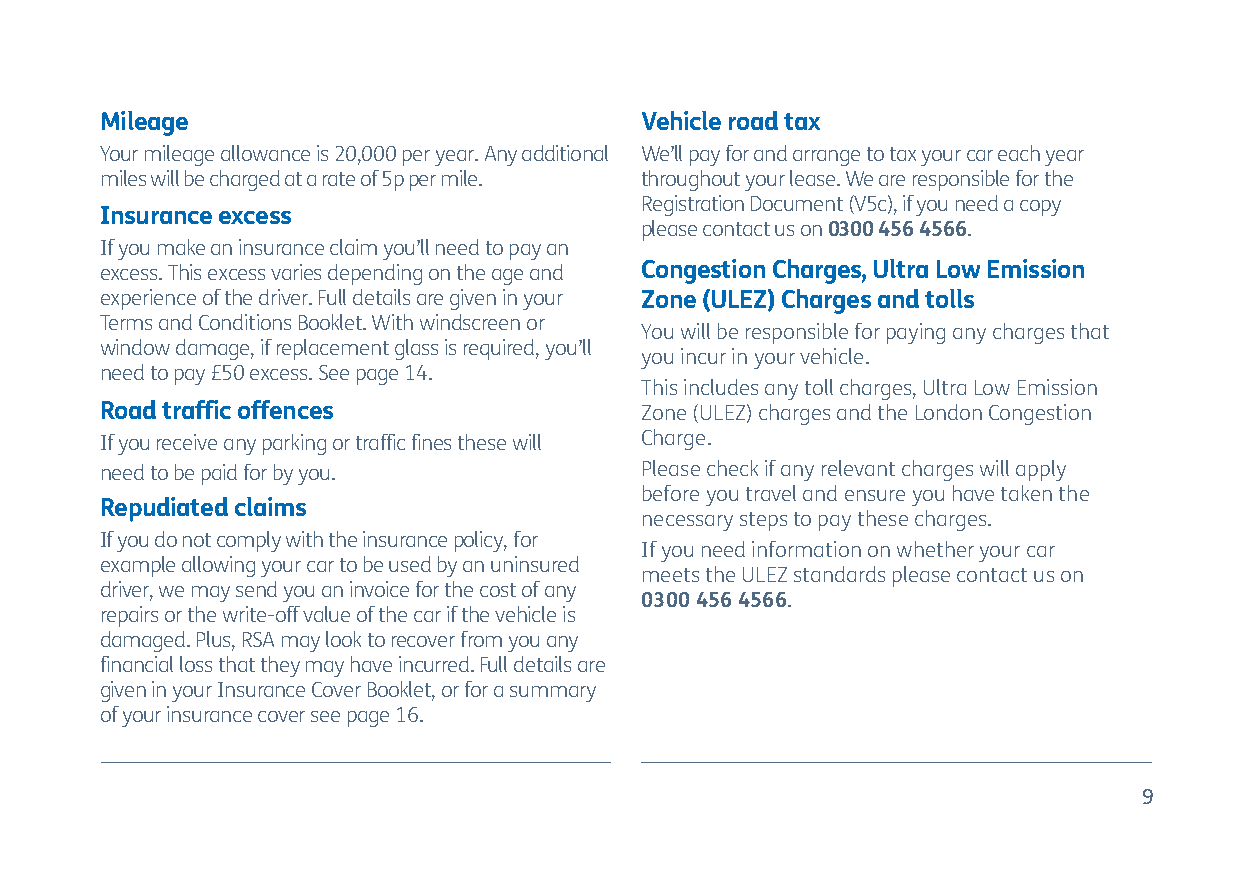
Mileage                            Vehicle road tax
 Your mileage allowance is 20,000 per year. Any additional We’ll pay for and arrange to tax your car each year
 miles will be charged at a rate of 5p per mile. throughout your lease. We are responsible for the
 Registration Document (V5c), if you need a copy
 Insurance excess
 please contact us on 0300 456 4566.
 If you make an insurance claim you’ll need to pay an
 excess. This excess varies depending on the age and Congestion Charges, Ultra Low Emission
 experience of the driver. Full details are given in your Zone (ULEZ) Charges and tolls
 Terms and Conditions Booklet. With windscreen or
 You will be responsible for paying any charges that
 window damage, if replacement glass is required, you’ll
 you incur in your vehicle.
 need to pay £50 excess. See page 14.
 This includes any toll charges, Ultra Low Emission
 Road traffic offences              Zone (ULEZ) charges and the London Congestion
 If you receive any parking or traffic fines these will Charge.
 need to be paid for by you.        Please check if any relevant charges will apply
 before you travel and ensure you have taken the
 Repudiated claims
 necessary steps to pay these charges.
 If you do not comply with the insurance policy, for
 If you need information on whether your car
 example allowing your car to be used by an uninsured
 meets the ULEZ standards please contact us on
 driver, we may send you an invoice for the cost of any
 0300 456 4566.
 repairs or the write-off value of the car if the vehicle is
 damaged. Plus, RSA may look to recover from you any
 financial loss that they may have incurred. Full details are
 given in your Insurance Cover Booklet, or for a summary
 of your insurance cover see page 16.
 9